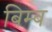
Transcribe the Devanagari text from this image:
बिम्‍ब